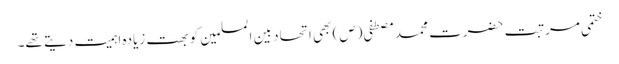
ختمی مرتبت حضرت محمد مصطفی (ص) بھی اتحاد بین المسلمین کو بھت زیادہ اہمیت دیتے تھے۔